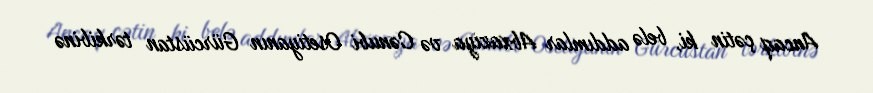
Ancaq çətin ki, belə addımlar Abxaziya və Cənubi Osetiyanın Gürcüstan tərkibinə